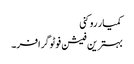
کمیار روکنی
بہترین فیشن فوٹوگرافر۔